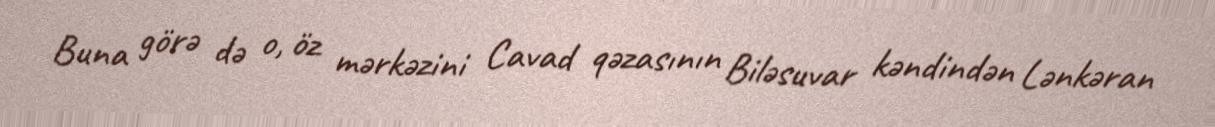
Buna görə də o, öz mərkəzini Cavad qəzasının Biləsuvar kəndindən Lənkəran